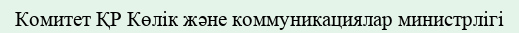
Комитет ҚР Көлік және коммуникациялар министрлігі